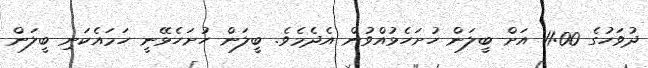
ދުވަހުގެ 11:00 އަށް ބީލަން ހުށަހެޅުއްވުން އެދެމެވެ. ބީލަން ހުށަހެޅޭނީ ހަމައެކަނި ބީލަން